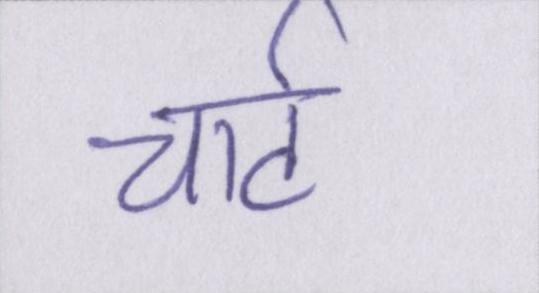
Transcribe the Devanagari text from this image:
चार्ट